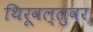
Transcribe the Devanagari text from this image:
थिरूवल्लुवर